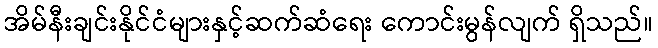
အိမ်နီးချင်းနိုင်ငံများနှင့်ဆက်ဆံရေး ကောင်းမွန်လျက် ရှိသည်။